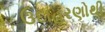
ઉદાહરણોથી